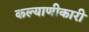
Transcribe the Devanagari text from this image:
कल्याणीकारी